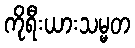
ကိုရီးယားသမ္မတ